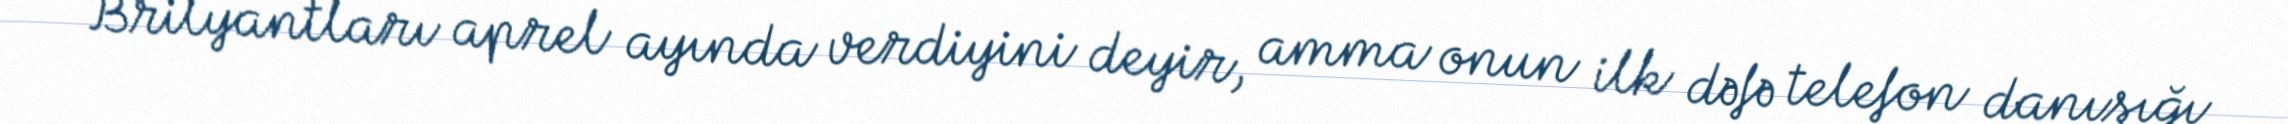
Brilyantları aprel ayında verdiyini deyir, amma onun ilk dəfə telefon danışığı